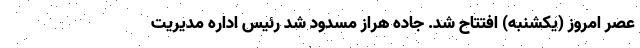
عصر امروز (یکشنبه) افتتاح شد. جاده هراز مسدود شد رئیس اداره مدیریت